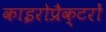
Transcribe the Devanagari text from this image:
काइरोप्रैक्टरों